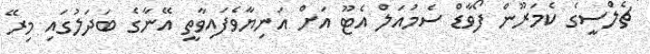
ޗެލްސީގެ ކެމަރޫން ފޯވާޑް ސެމުއަލް އެޓޫ އަށް އަނިޔާވެފައިވާތީ އޭނާގެ ބަދަލުގައި މިރޭ